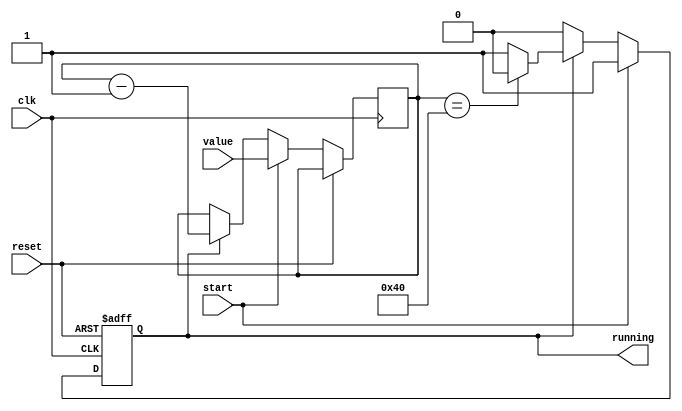
module game_timer # ( parameter width = 32 )
(
    input                    clk,
    input                    reset,
    input      [width - 1:0] value,
    input                    start,
    output reg               running
);

    reg [width - 1:0] counter;

    always @(posedge clk or posedge reset)
        if (reset)
        begin
            running <= 1'b0;
        end
        else if (start)
        begin
            counter <= value;
            running <= 1'b1;
        end
        else if (running)
        begin
           if (counter == { width, 1'b0 })
               running <= 1'b0;

            counter <= counter - 1;
        end

endmodule